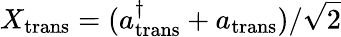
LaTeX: X_{\mathrm{trans}}=(a_{\mathrm{trans}}^{\dagger}+a_{\mathrm{trans}})/\sqrt{2}